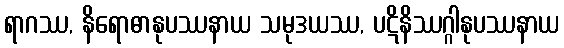
ရာဂဿ, နိရောဓာနုပဿနာယ သမုဒယဿ, ပဋိနိဿဂ္ဂါနုပဿနာယ